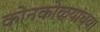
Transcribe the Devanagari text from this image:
कोनकोळ्यांच्या